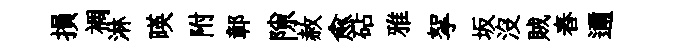
損裯淋暎附鄣隙赦愈砧雅挐坂没賊舂邇